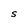
Character: S